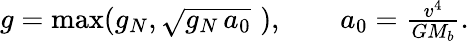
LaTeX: \begin{array}{r}{g=\mathrm{max}(g_{N},\sqrt{g_{N}\, a_{0}}\, \, ),\qquad a_{0}=\frac{v^{4}}{GM_{b}}.}\end{array}